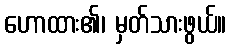
ဟောထား၏၊ မှတ်သားဖွယ်။